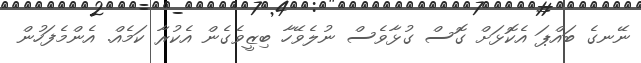
ނޭނގެ ބައްޕަ އެކޮޅަށް ގޮސް ގުޅާވެސް ނުލެވޭހާ ބިޒީވެގެން އެކުރާ ކަމެއް. އެންމެފަހުން